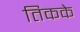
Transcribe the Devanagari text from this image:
तिकके